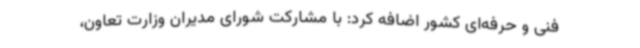
فنی و حرفه‌ای کشور اضافه کرد: با مشارکت شورای مدیران وزارت تعاون،